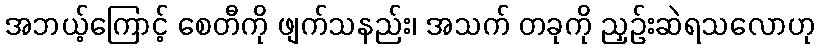
အဘယ့်ကြောင့် စေတီကို ဖျက်သနည်း၊ အသက် တခုကို ညှဉ်းဆဲရသလောဟု